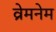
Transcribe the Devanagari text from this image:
व्रेमनेम